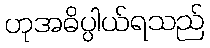
ဟုအဓိပ္ပါယ်ရသည်